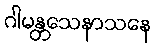
ဂါမန္တသေနာသနေ